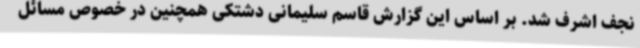
نجف اشرف شد. بر اساس این گزارش قاسم سلیمانی دشتکی همچنین در خصوص مسائل